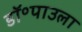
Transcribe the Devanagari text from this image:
डॉ॰पाउला